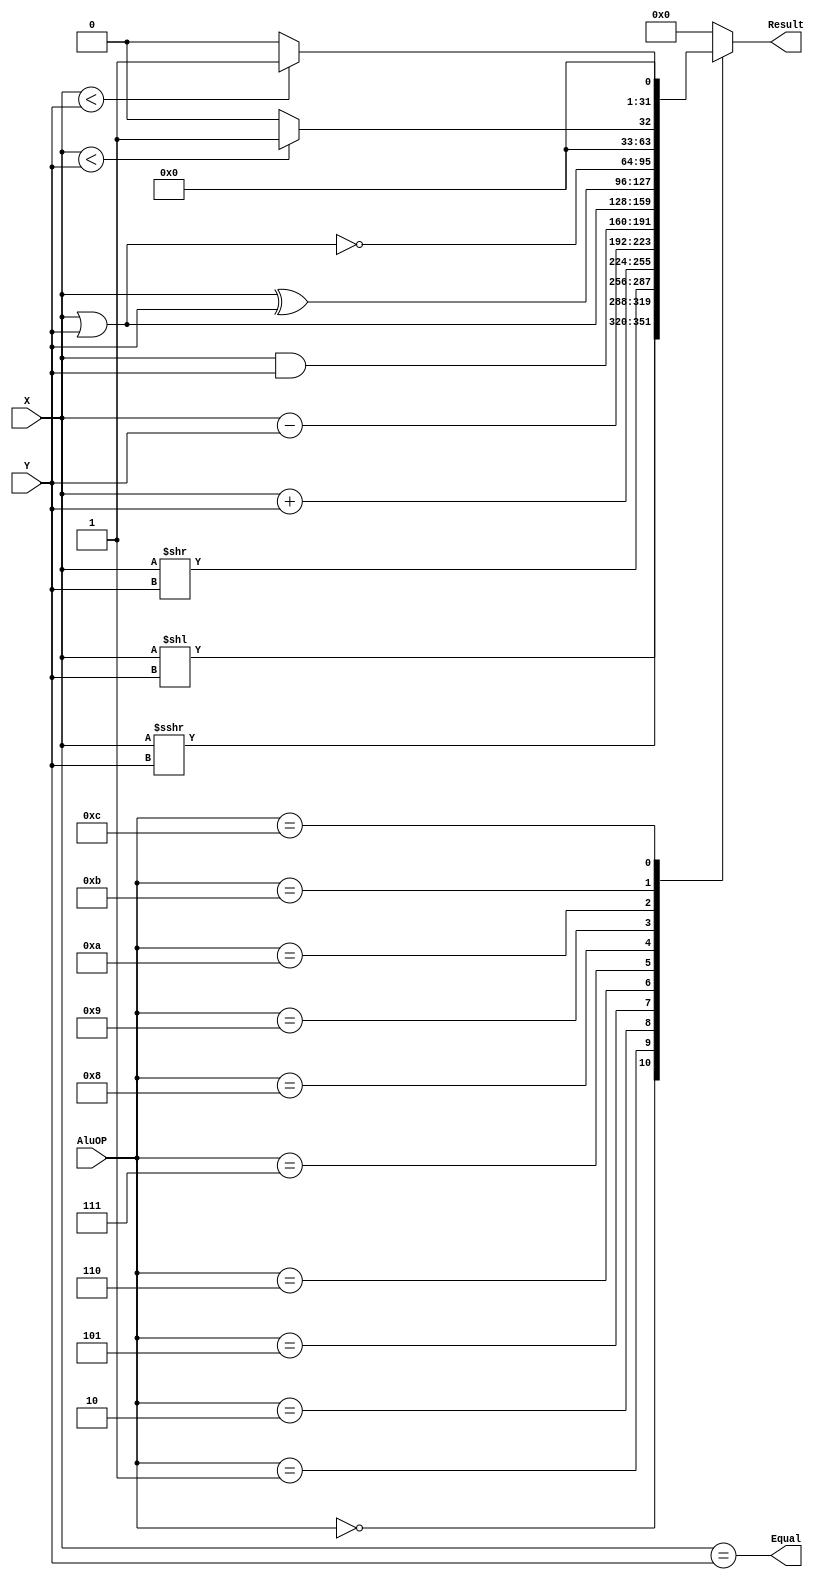
`timescale 1ns / 1ps

module Alu (
    input [31:0] X,
    input [31:0] Y,
    input [3:0] AluOP,
    output Equal,
    output reg [31:0] Result
);

assign Equal = (X == Y);
initial Result = 0;
always @(X or Y or AluOP)
begin
    case (AluOP)
        0: Result = X << Y;
        1: Result = $signed (X) >>> $signed (Y);
        2: Result = X >> Y;
        5: Result = X + Y;
        6: Result = X - Y;
        7: Result = X & Y;
        8: Result = X | Y;
        9: Result = X ^ Y;
        10: Result = ~(X | Y);
        11: Result = ($signed(X) < $signed(Y)) ? 1 : 0;
        12: Result = ($unsigned(X) < $unsigned(Y)) ? 1 : 0;
        default: Result = 0;
    endcase // AluOP
end

endmodule